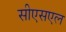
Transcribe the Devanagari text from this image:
सीएसएल